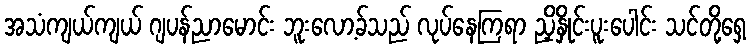
အသံကျယ်ကျယ် ဂျပန်ညာမောင်း ဘူးလော့ခ်သည် လုပ်နေကြရာ ညှိနှိုင်းပူးပေါင်း သင်တို့ရှေ့